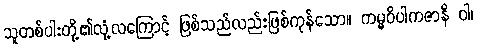
သူတစ်ပါးတို့၏လုံ့လကြောင့် ဖြစ်သည်လည်းဖြစ်ကုန်သော။ ကမ္မဝိပါကဇာနိ ဝါ၊